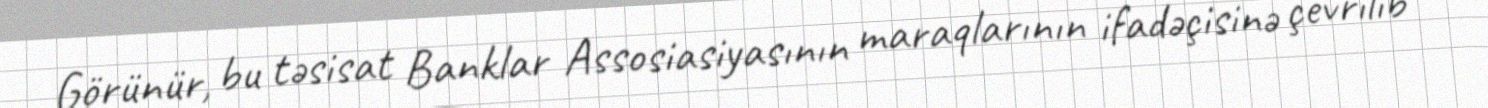
Görünür, bu təsisat Banklar Assosiasiyasının maraqlarının ifadəçisinə çevrilib